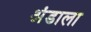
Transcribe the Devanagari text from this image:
अंडाला